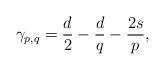
LaTeX: \begin{align*}\gamma_{p,q} = \frac{d}{2}-\frac{d}{q}-\frac{2s}{p},\end{align*}